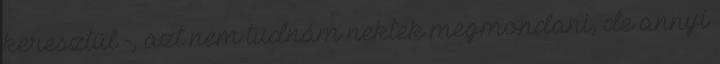
keresztül -, azt nem tudnám nektek megmondani, de annyi